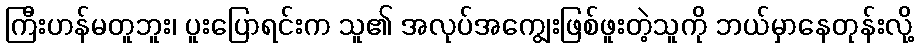
ကြီးဟန်မတူဘူး၊ ပူးပြောရင်းက သူ၏ အလုပ်အကျွေးဖြစ်ဖူးတဲ့သူကို ဘယ်မှာနေတုန်းလို့